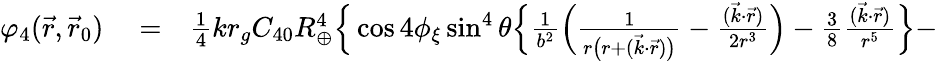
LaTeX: \begin{array}{rlr}{\varphi_{4}(\vec{r},\vec{r}_{0})}&{{}=}&{{\textstyle\frac{1}{4}}kr_{g}C_{40}R_{\oplus}^{4}\Big\{ \cos 4\phi_{\xi}\sin^{4}\theta\Big\{ \frac{1}{b^{2}}\Big(\frac{1}{r\big(r+({\vec{k}}\cdot{\vec{r}})\big)}-\frac{(\vec{k}\cdot\vec{r})}{2r^{3}}\Big)-{\textstyle\frac{3}{8}}\frac{(\vec{k}\cdot\vec{r})}{r^{5}}\Big\} -}\end{array}